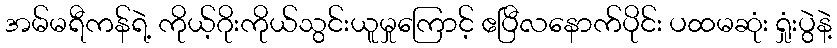
အမ်မရီကန်ရဲ့ ကိုယ့်ဂိုးကိုယ်သွင်းယူမှုကြောင့် ဧပြီလနောက်ပိုင်း ပထမဆုံး ရှုံးပွဲနဲ့